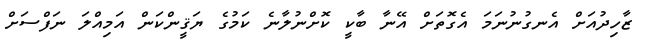
ޒާހިދުއަށް އެނގުނުނަމަ އެގޮތަށް އޭނާ ބާކީ ކޮށްނުލާނެ ކަމުގެ ޔަޤީންކަން އަމިއްލަ ނަފްސަށް